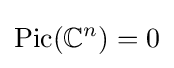
\operatorname {Pic} (\mathbb {C} ^{n})=0